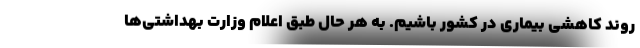
روند کاهشی بیماری در کشور باشیم. به هر حال طبق اعلام وزارت بهداشتی‌ها